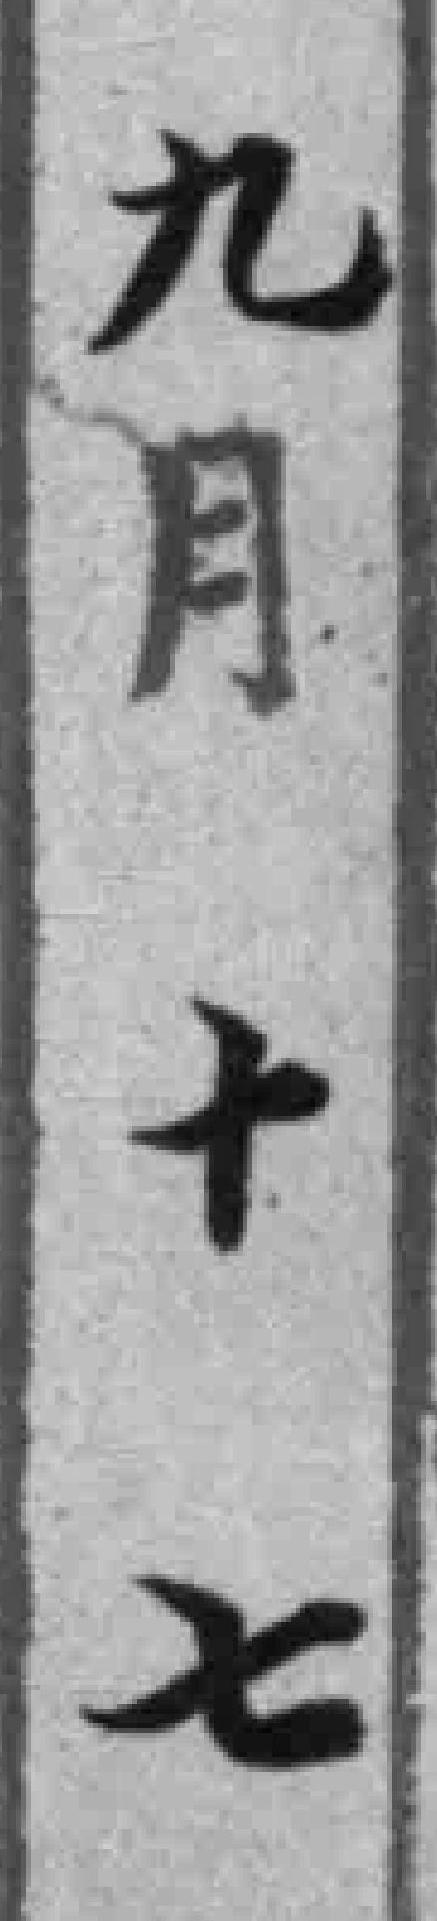
九月十七